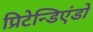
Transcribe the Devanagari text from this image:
प्रिटेन्डिएंडो